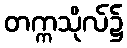
တက္ကသိုလ်၌